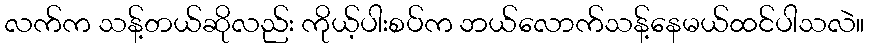
လက်က သန့်တယ်ဆိုလည်း ကိုယ့်ပါးစပ်က ဘယ်လောက်သန့်နေမယ်ထင်ပါသလဲ။